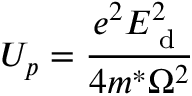
U _ { p } = \frac { e ^ { 2 } E _ { \textrm { d } } ^ { 2 } } { 4 m ^ { * } \Omega ^ { 2 } }